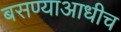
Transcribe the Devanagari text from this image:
बसण्याआधीच